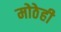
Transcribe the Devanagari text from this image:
मोठेही